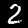
Label: 2